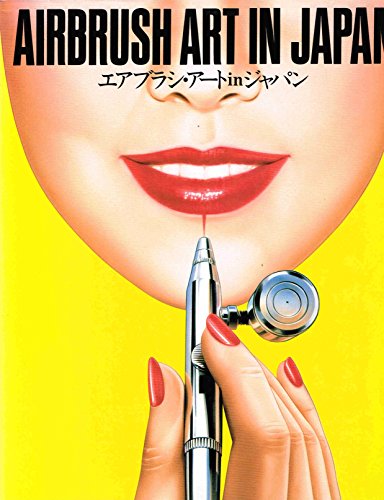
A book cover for Airbrush Art in Japan; Editors Graphic-Sha; Arts & Photography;